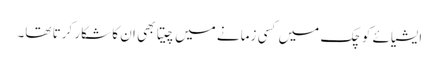
ایشیائے کوچک میں کسی زمانے میں چیتا بھی ان کا شکار کرتا تھا۔